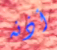
أذنه